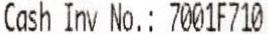
CASH INV NO.: 7001F710